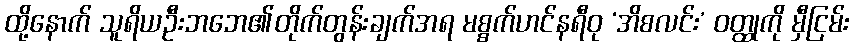
ထို့နောက် သူရိယဦးဘဘေ၏တိုက်တွန်းချက်အရ မစ္စက်ဟင်နရီဝု ‘အိစလင်း’ ဝတ္ထုကို မှီငြမ်း